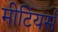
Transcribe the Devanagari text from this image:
मीटिंयर्स